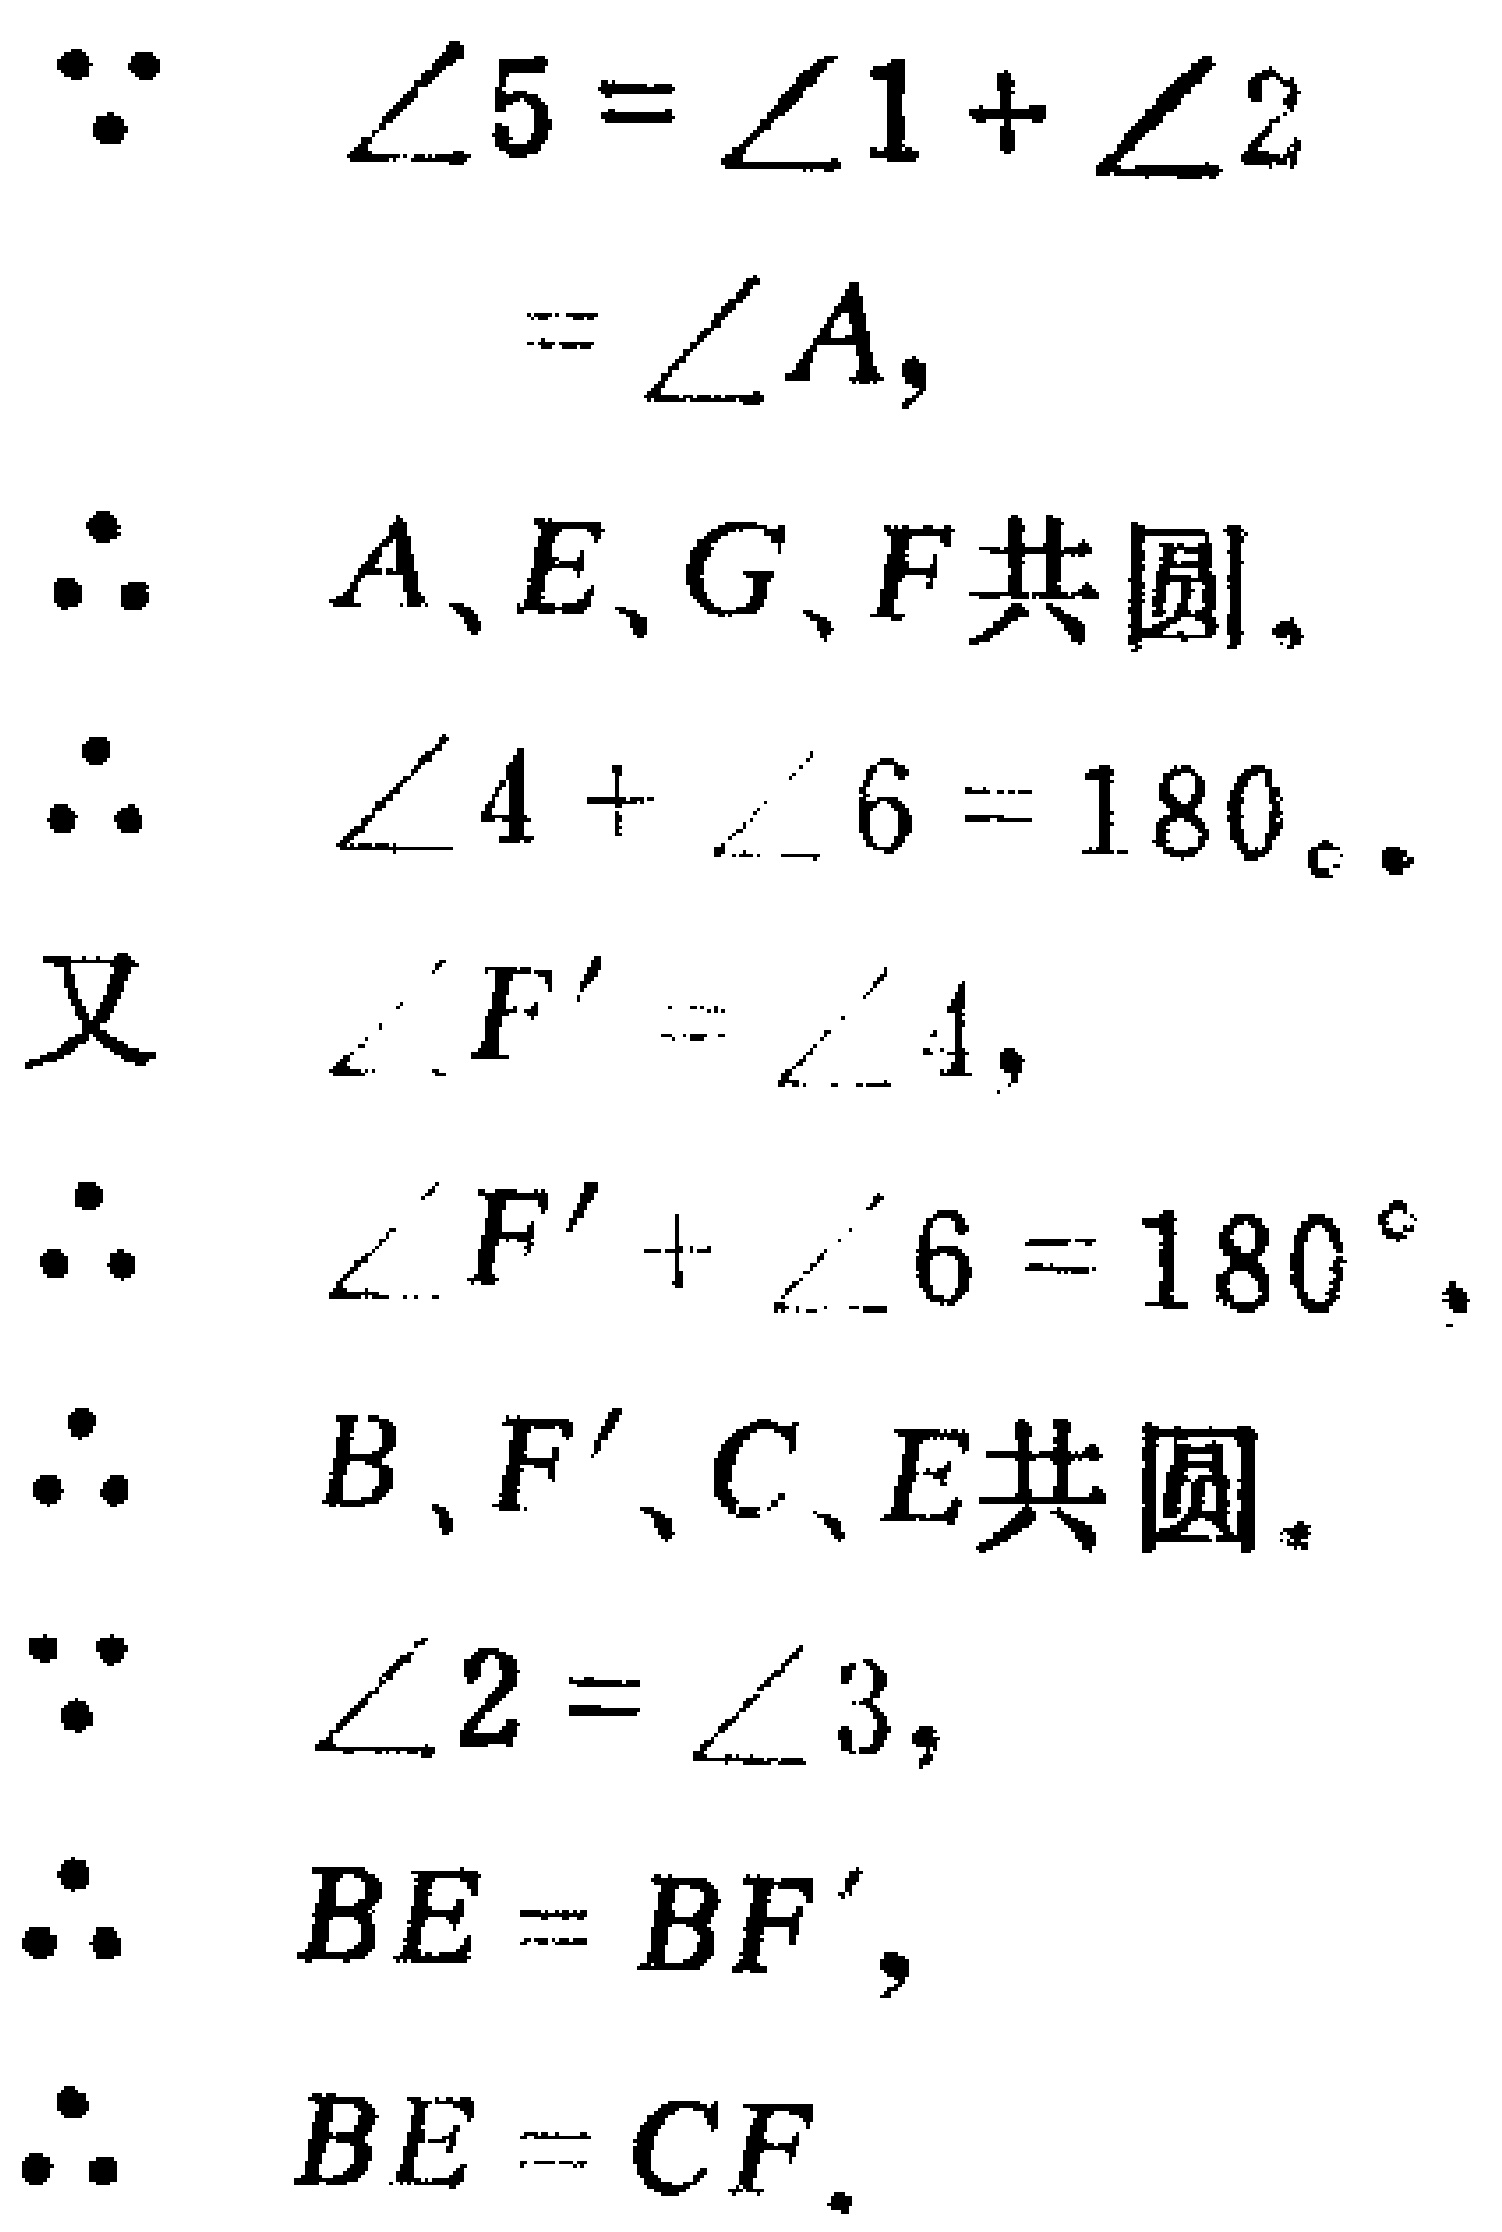
\(\because \angle5 = \angle1+\angle2\)
\(=\angle A,\)
\(\therefore A、E、G、F\)共圆,
\(\therefore \angle4+\angle6 = 180_{\circ}.\)
又 \(\angle F^{\prime}=\angle4,\)
\(\therefore \angle F^{\prime}+\angle6 = 180^{\circ},\)
\(\therefore B、F^{\prime}、C、E\)共圆.
\(\because \angle2 = \angle3,\)
\(\therefore BE = BF^{\prime},\)
\(\therefore BE = CF.\)